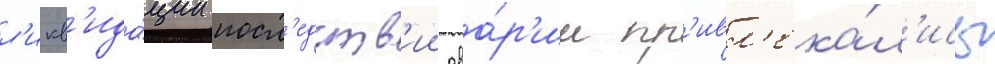
л'икв'ида́ции посл'едств'ии ава́р'ии пр'ивл'ека́л'ись